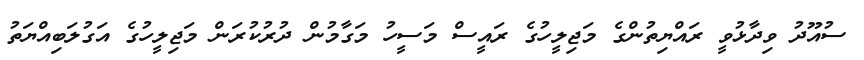
ސުއޫދު ވިދާޅުވީ ރައްޔިތުންގެ މަޖިލީހުގެ ރައީސް މަސީހު މަގާމުން ދުރުކުރަން މަޖިލީހުގެ އަގުލަބިއްޔަތު